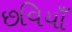
છવિયાઁ